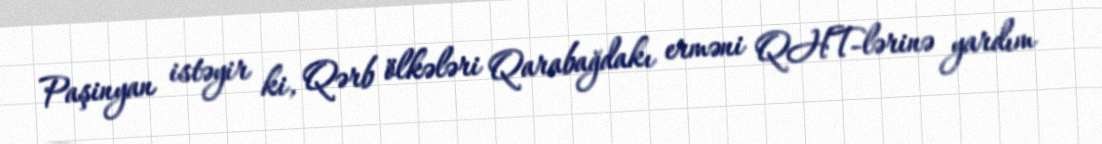
Paşinyan istəyir ki, Qərb ölkələri Qarabağdakı erməni QHT-lərinə yardım